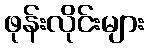
ဖုန်းလိုင်းများ